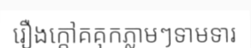
រឿងក្តៅគគុកភ្លាមៗទាមទារ